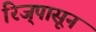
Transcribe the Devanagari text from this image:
रिज्‌पासून